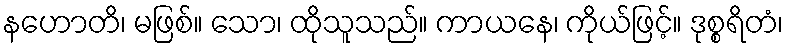
နဟောတိ၊ မဖြစ်။ သော၊ ထိုသူသည်။ ကာယနေ၊ ကိုယ်ဖြင့်။ ဒုစ္စရိတံ၊